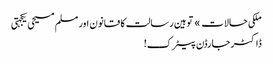
ملکی حالات » توہین رسالت کا قانون اور مسلم مسیحی یکجہتی
ڈاکٹر جارڈن پیٹرک!